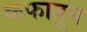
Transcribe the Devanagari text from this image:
कफातून